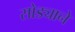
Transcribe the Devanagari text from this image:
सोड्याने